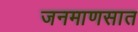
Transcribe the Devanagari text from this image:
जनमाणसात